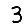
Digit: 3